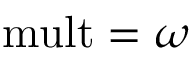
{ \mathrm { m u l t } } = \omega